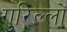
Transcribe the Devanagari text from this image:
गुरिल्लों